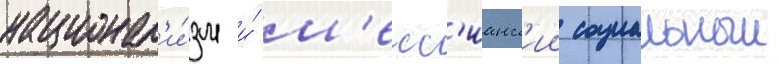
национал'и́зм и́ м'есс'ианск'ии социальныи